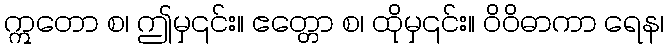
ဣတော စ၊ ဤမှ၎င်း။ ဧတ္တော စ၊ ထိုမှ၎င်း။ ဝိဝိဓာကာ ရေန၊